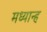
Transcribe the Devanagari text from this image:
मध्‍यान्‍ह